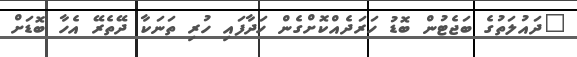
"ދައުލަތުގެ ބަޖެޓުން ބޮޑު ހަރަދެއްކޮށްގެން ހަދާފައި ހުރި ތަނަކާ ދޭތެރޭ އެހާ ބޮޑަށް